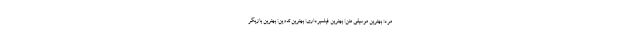
مرد: بهترین موسیقی متن: بهترین فیلمبرداری: بهترین تدوین: بهترین بازیگر